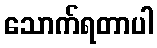
သောက်ရတာပါ